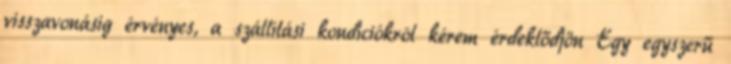
visszavonásig érvényes, a szállítási kondíciókról kérem érdeklődjön Egy egyszerű